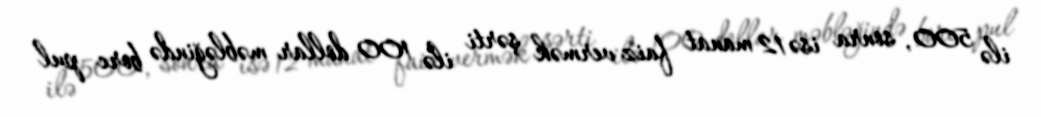
ilə 500, sonra isə 12 manat faiz vermək şərti ilə 100 dollar məbləğində borc pul